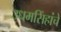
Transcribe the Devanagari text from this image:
उधमसिंहांचे